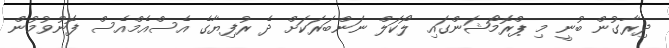
ދިރާގުން ބުނީ މި ޕްރޮމޯޝަންގައި ލޯކަލް ނަންބަރަކަށް ދެ ރުފިޔާގެ އެސްއެމްއެސް ފޮނުވުމުން